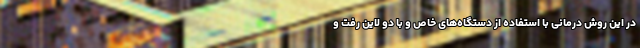
در این روش درمانی با استفاده از دستگاه‌های خاص و با دو لاین رفت و